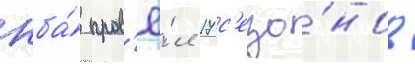
нба́ пров'ё́л 17 с'езо́нов